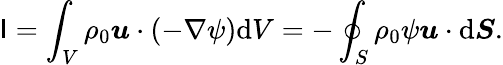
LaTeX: \mathsf{I}=\int_{V}\rho_{0}\boldsymbol{u}\cdot(-\nabla\psi)\mathrm{{d}}V=-\oint_{S}\rho_{0}\psi\boldsymbol{u}\cdot\mathrm{{d}}\boldsymbol{S}.